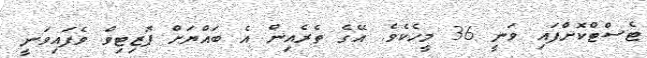
ޓެސްޓްކޮށްފައި ވަނީ 36 މީހެކެވެ. އޭގެ ތެރެއިން އެ ބައްޔަށް ޕޮޒިޓިވް ވެފައިވަނީ